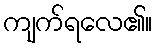
ကျက်ရလေ၏။